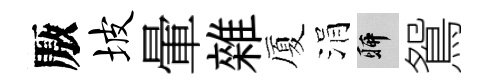
厫坡暈雜厦涓聊鴛